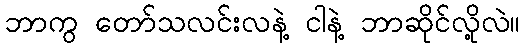
ဘာကွ တော်သလင်းလနဲ့ ငါနဲ့ ဘာဆိုင်လို့လဲ။